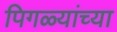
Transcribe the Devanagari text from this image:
पिगळ्यांच्या